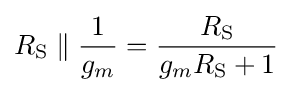
R_{\text{S}}\parallel {\frac {1}{g_{m}}}={\frac {R_{\text{S}}}{g_{m}R_{\text{S}}+1}}